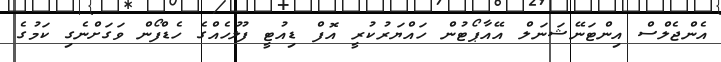
އެންޖެލްސް އިންޓަނޭޝަނަލް އޭއާޕޯޓުން ހައްޔަރުކުރީ އޮފް ޑިއުޓީ ފުލުހެއްގެ ހެޑްފޯން ވަގަށްނެގި ކަމުގެ